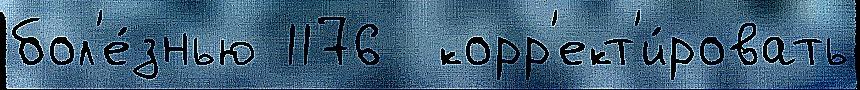
бол'е́знью 1176  корр'ект'и́ровать